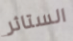
الستائر